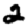
Digit: 2